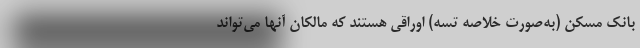
بانک مسکن (به‌صورت خلاصه تسه) اوراقی هستند که مالکان آنها می‌تواند